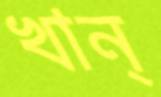
খান্